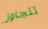
تتجاوز